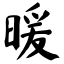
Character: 暖